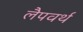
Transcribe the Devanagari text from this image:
लैपवर्थ